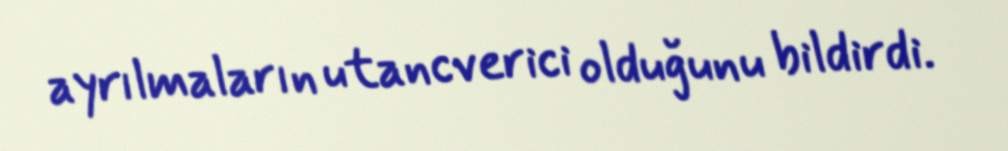
ayrılmaların utancverici olduğunu bildirdi.